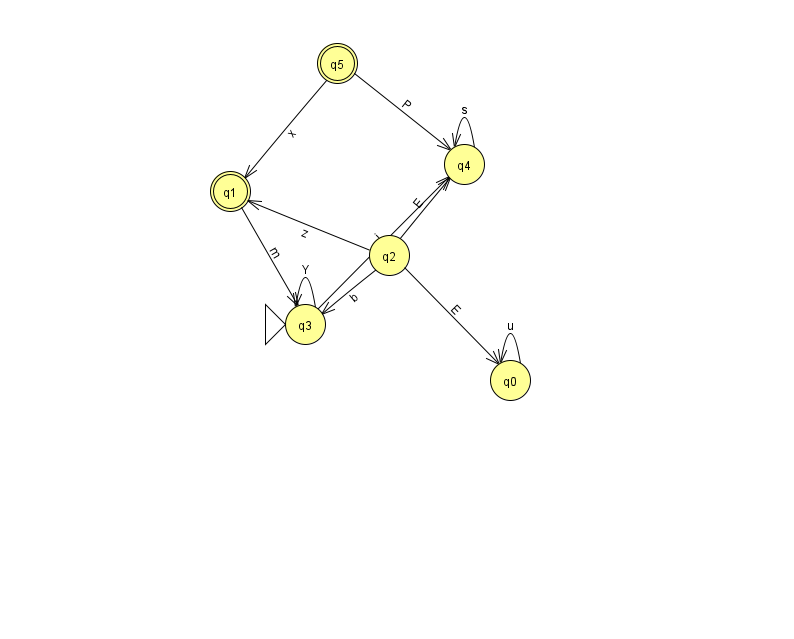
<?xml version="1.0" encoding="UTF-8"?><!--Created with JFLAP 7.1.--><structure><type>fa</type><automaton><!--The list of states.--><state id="0" name="q0"><x>510.0</x><y>367.0</y></state><state id="1" name="q1"><x>230.0</x><y>178.0</y><final/></state><state id="2" name="q2"><x>389.0</x><y>242.0</y></state><state id="3" name="q3"><x>305.0</x><y>311.0</y><initial/></state><state id="4" name="q4"><x>464.0</x><y>151.0</y></state><state id="5" name="q5"><x>337.0</x><y>50.0</y><final/></state><!--The list of transitions.--><transition><from>3</from><to>4</to><read>j</read></transition><transition><from>4</from><to>4</to><read>s</read></transition><transition><from>0</from><to>0</to><read>u</read></transition><transition><from>2</from><to>0</to><read>E</read></transition><transition><from>2</from><to>3</to><read>b</read></transition><transition><from>3</from><to>3</to><read>Y</read></transition><transition><from>2</from><to>4</to><read>E</read></transition><transition><from>1</from><to>3</to><read>m</read></transition><transition><from>2</from><to>1</to><read>z</read></transition><transition><from>5</from><to>1</to><read>x</read></transition><transition><from>5</from><to>4</to><read>P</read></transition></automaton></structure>